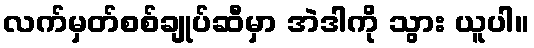
လက်မှတ်စစ်ချုပ်ဆီမှာ အဲဒါကို သွား ယူပါ။